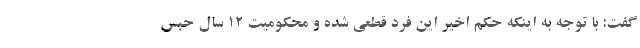
گفت: با توجه به اینکه حکم اخیر این فرد قطعی شده و محکومیت ١٢ سال حبس